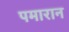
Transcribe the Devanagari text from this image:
पमारान